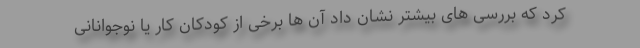
کرد که بررسی های بیشتر نشان داد آن ها برخی از کودکان کار یا نوجوانانی